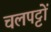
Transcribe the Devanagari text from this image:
चलपट्टों